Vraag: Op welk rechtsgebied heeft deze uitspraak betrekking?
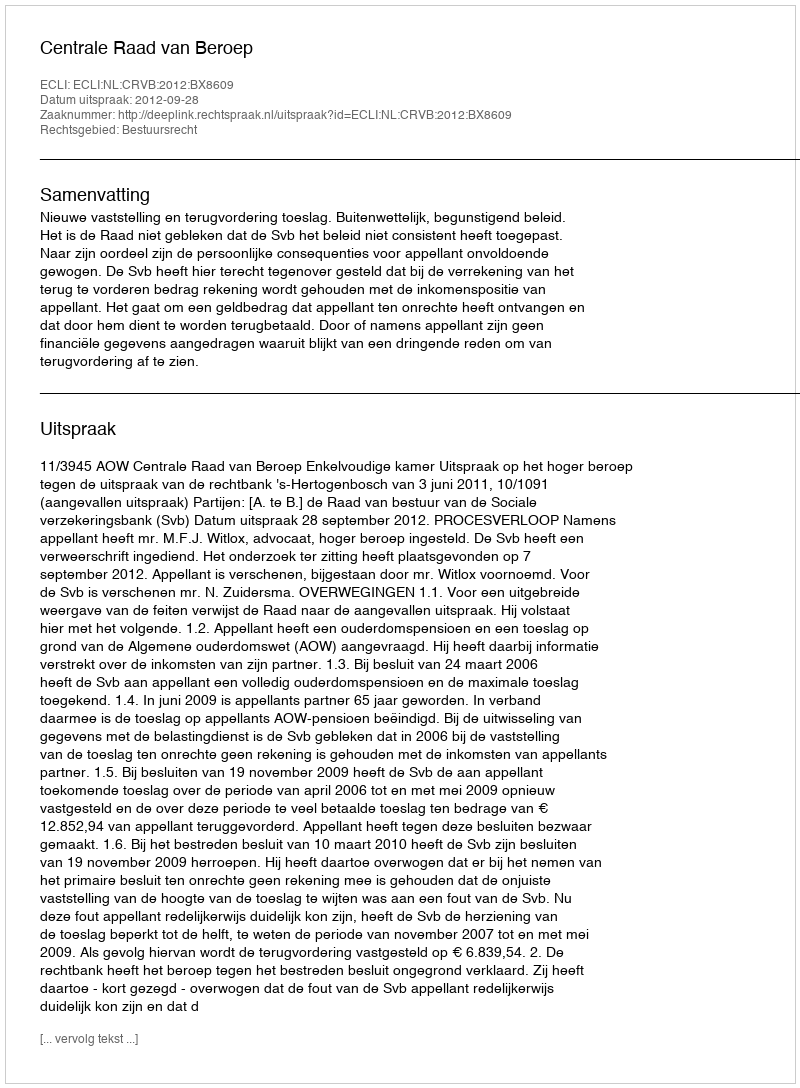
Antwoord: Bestuursrecht